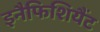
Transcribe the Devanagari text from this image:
इनैफिशियैंट